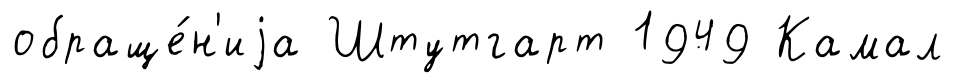
обраще́н'иjа Штутгарт 1949 Камал